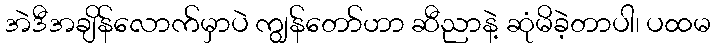
အဲဒီအချိန်လောက်မှာပဲ ကျွန်တော်ဟာ ဆီညာနဲ့ ဆုံမိခဲ့တာပါ၊ ပထမ